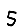
Digit: 5